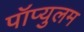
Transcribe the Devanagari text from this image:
पॉप्युलम